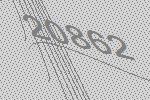
20862